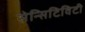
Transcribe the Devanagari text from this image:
सेन्सिटिविटी